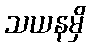
သယနမှိ